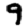
Digit: 9